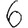
Digit: 6